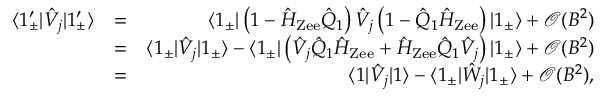
\begin{array} { r l r } { \langle 1 _ { \pm } ^ { \prime } | \hat { V } _ { j } | 1 _ { \pm } ^ { \prime } \rangle } & { = } & { \langle 1 _ { \pm } | \left( 1 - \hat { H } _ { \mathrm { Z e e } } \hat { Q } _ { 1 } \right) \hat { V } _ { j } \left( 1 - \hat { Q } _ { 1 } \hat { H } _ { \mathrm { Z e e } } \right) | 1 _ { \pm } \rangle + \mathcal { O } ( B ^ { 2 } ) } \\ & { = } & { \langle 1 _ { \pm } | \hat { V } _ { j } | 1 _ { \pm } \rangle - \langle 1 _ { \pm } | \left( \hat { V } _ { j } \hat { Q } _ { 1 } \hat { H } _ { \mathrm { Z e e } } + \hat { H } _ { \mathrm { Z e e } } \hat { Q } _ { 1 } \hat { V } _ { j } \right) | 1 _ { \pm } \rangle + \mathcal { O } ( B ^ { 2 } ) } \\ & { = } & { \langle 1 | \hat { V } _ { j } | 1 \rangle - \langle 1 _ { \pm } | { \hat { W } _ { j } } | 1 _ { \pm } \rangle + \mathcal { O } ( B ^ { 2 } ) , } \end{array}